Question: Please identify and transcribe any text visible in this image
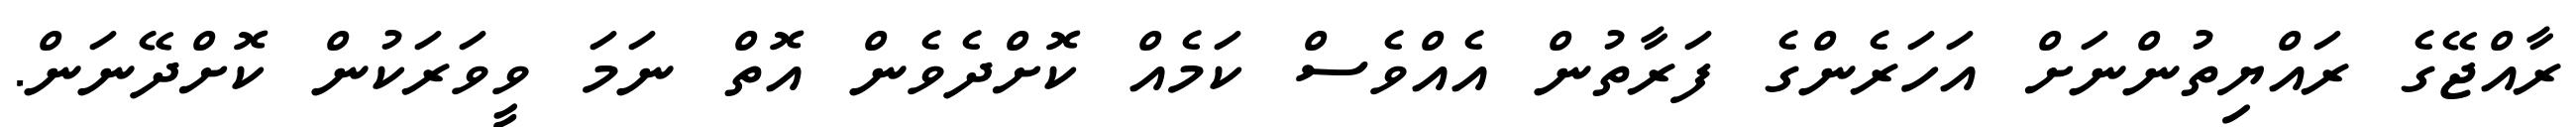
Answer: ރާއްޖޭގެ ރައްޔިތުންނަށް އަހަރެންގެ ފަރާތުން އެއްވެސް ކަމެއް ކޮށްދެވެން އޮތް ނަމަ ވީވަރަކުން ކޮށްދޭނަން.